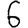
Digit: 6